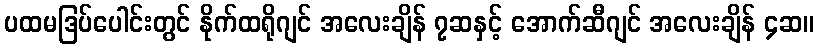
ပထမဒြပ်ပေါင်းတွင် နိုက်ထရိုဂျင် အလေးချိန် ၇ဆနှင့် အောက်ဆီဂျင် အလေးချိန် ၄ဆ။